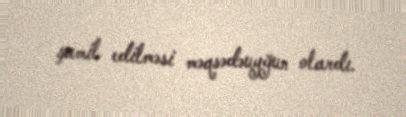
şamil edilməsi məqsədəuyğun olardı.